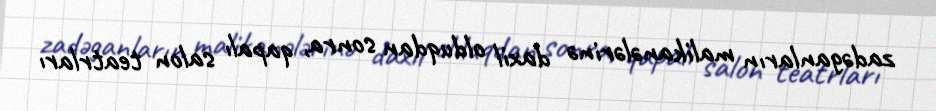
zadəganların malikanələrinə daxil olduqdan sonra, qapalı salon teatrları